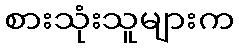
စားသုံးသူများက